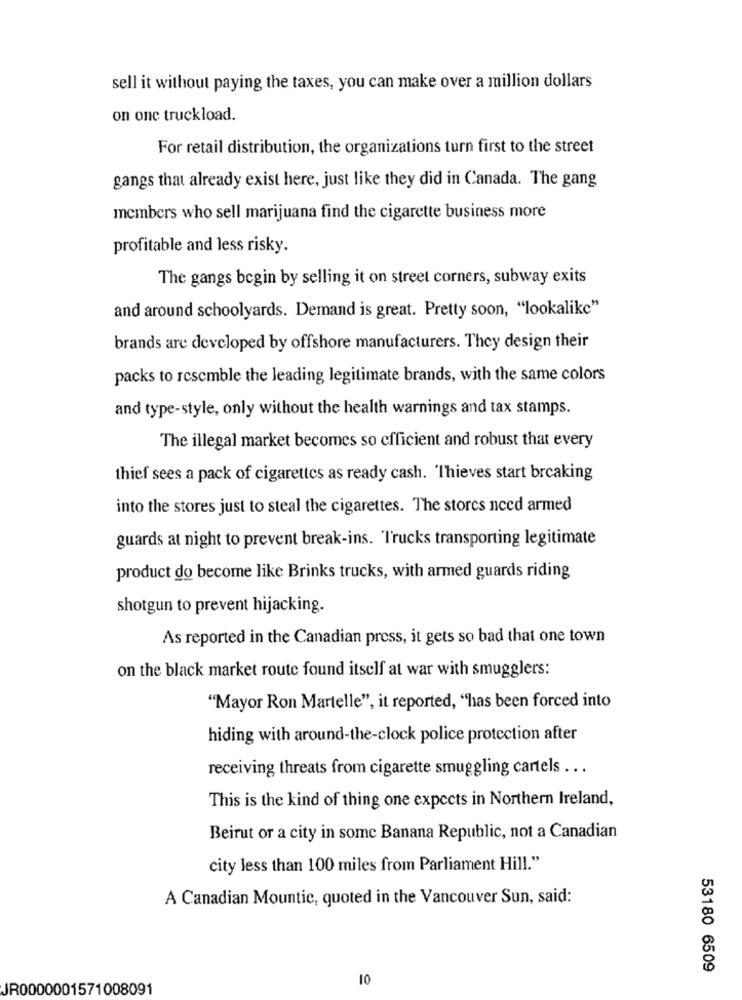
sell it without paying the taxes, you can make over a million dollars
on one truckload.
For retail distribution, the organizations turn first to the street
gangs that already exist here, just like they did in Canada. The gang
members who sell marijuana find the cigarette business more
profitable and less risky.
The gangs begin by selling it on street corners, subway exits
and around schoolyards. Demand is great. Pretty soon, "lookalike"
brands are developed by offshore manufacturers. They design their
packs to resemble the leading legitimate brands, with the same colors
and type-style, only without the health warnings and tax stamps.
The illegal market becomes so efficient and robust that every
thief sees a pack of cigarettes as ready cash. Thieves start brcaking
into the stores just to steal the cigarettes. The storcs nced armed
guards at night to prevent break-ins. Trucks transporting legitimate
product do become like Brinks trucks, with armed guards riding
shotgun to prevent hijacking.
As reported in the Canadian press, it gets so bad that one town
on the black market route found itself at war with smugglers:
"Mayor Ron Martelle", it reported, "has been forced into
hiding with around-the-clock police protection after
receiving threats from cigarette smuggling cartels .. .
This is the kind of thing one expects in Northern Ireland,
Beirut or a city in some Banana Republic, not a Canadian
city less than 100 miles from Parliament Hill."
A Canadian Mountic, quoted in the Vancouver Sun, said:
53180 6509
10
JR0000001571008091